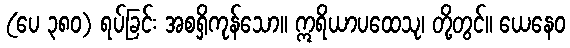
(ပေ ၃၈၀) ရပ်ခြင်း အစရှိကုန်သော။ ဣရိယာပထေသု၊ တို့တွင်။ ယေနေဝ